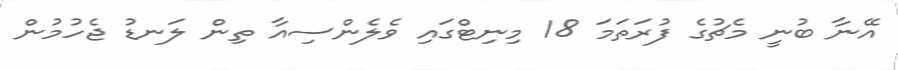
އޭނާ ބުނީ މެޗުގެ ފުރަތަމަ 18 މިނިޓްގައި ވެލެންސިއާ ތިން ލަނޑު ޖެހުމުން